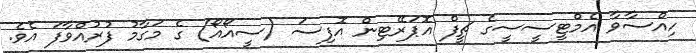
ހިއްސާވާ އެމްޓީސީސީގެ ޗީފް އޮޕަރޭޓިން އޮފިސަ (ސީއޯއޯ) ގެ މަގާމު ފުރުއްވާފަ އެވެ.